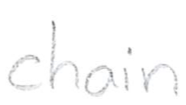
Text: chain
Cross-out: clean
Writing tool: pencil